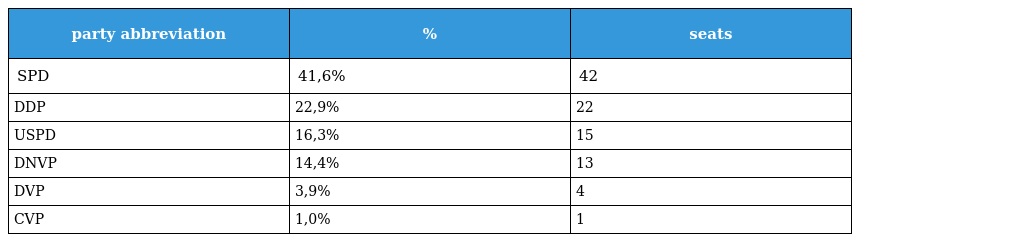
| party abbreviation | % | seats |
 | --- | --- | --- |
 | SPD | 41,6% | 42 |
 | DDP | 22,9% | 22 |
 | USPD | 16,3% | 15 |
 | DNVP | 14,4% | 13 |
 | DVP | 3,9% | 4 |
 | CVP | 1,0% | 1 |